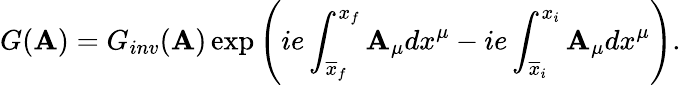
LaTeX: G(\mathbf{A})=G_{inv}(\mathbf{A})\exp\left(ie\int_{\overline{{{{x}}}}_{f}}^{x_{f}}\mathbf{A}_{\mu}dx^{\mu}-ie\int_{\overline{{{{x}}}}_{i}}^{x_{i}}\mathbf{A}_{\mu}dx^{\mu}\right).